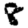
Digit: 8